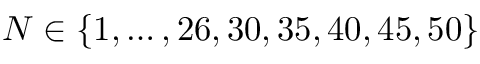
N \in \{ 1 , \ldots , 2 6 , 3 0 , 3 5 , 4 0 , 4 5 , 5 0 \}